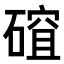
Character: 𥕅